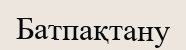
Батпақтану